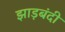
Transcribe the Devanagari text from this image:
झाड़बंदी